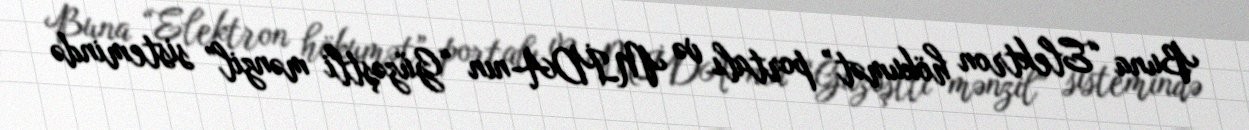
Buna “Elektron hökumət” portalı və MİDA-nın “Güzəştli mənzil” sistemində